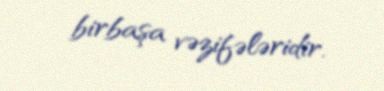
birbaşa vəzifələridir.